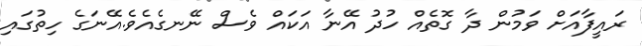
ރައީފާއަށް ވަމުން ދާ ގޮތެއް ހުދު އޭނާ އަކައް ވެސް ނޭނގެއެވެ.އޭނަގެ ހިތުގައި